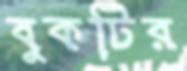
বুকটির